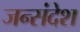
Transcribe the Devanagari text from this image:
जन्संदेश